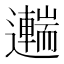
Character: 𨘼